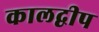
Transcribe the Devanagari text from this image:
कालद्वीप